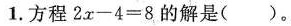
1.方程$$2 x - 4 = 8$$的解是( )。